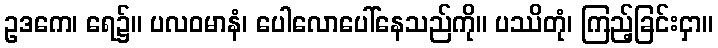
ဥဒကေ၊ ရေ၌။ ပလဝမာနံ၊ ပေါလောပေါ်နေသည်ကို။ ပဿိတုံ၊ ကြည့်ခြင်းငှာ။